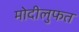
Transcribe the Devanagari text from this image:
मोदीलुफत